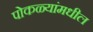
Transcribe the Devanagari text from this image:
पोकळ्यांमधील